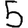
Digit: 5